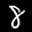
Label: 8